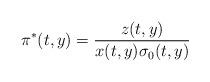
LaTeX: \begin{align*}\pi^*(t,y)=\frac{z(t,y)}{x(t,y)\sigma_0(t,y)}\end{align*}